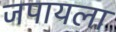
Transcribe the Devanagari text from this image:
जपायला